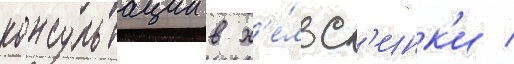
консультации в х'е́льс'инк'и /